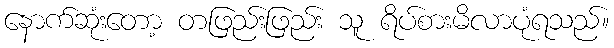
နောက်ဆုံးတော့ တဖြည်းဖြည်း သူ ရိပ်စားမိလာပုံရသည်။